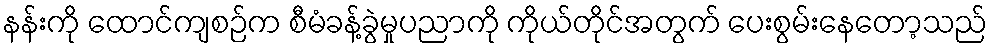
နန်းကို ထောင်ကျစဉ်က စီမံခန့်ခွဲမှုပညာကို ကိုယ်တိုင်အတွက် ပေးစွမ်းနေတော့သည်